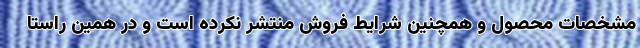
مشخصات محصول و همچنین شرایط فروش منتشر نکرده است و در همین راستا